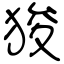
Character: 狻